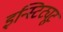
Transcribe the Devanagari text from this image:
इन्स्टिट्यूट